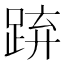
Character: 𨁐